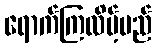
ရောက်ကြလိမ့်မည်